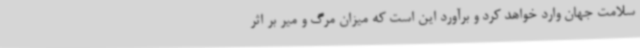
سلامت جهان وارد خواهد کرد و برآورد این است که میزان مرگ و میر بر اثر